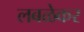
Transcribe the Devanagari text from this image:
लबळेकर